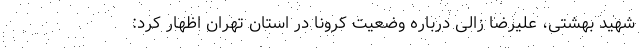
شهید بهشتی، علیرضا زالی درباره وضعیت کرونا در استان تهران اظهار کرد: